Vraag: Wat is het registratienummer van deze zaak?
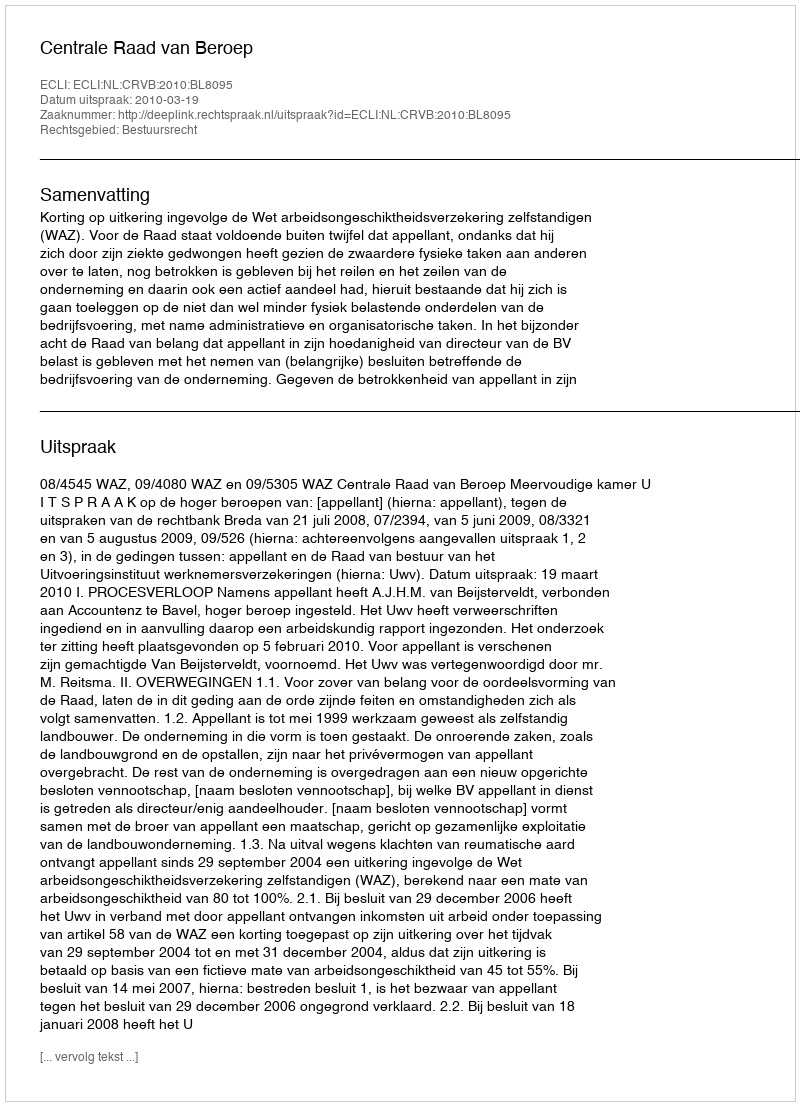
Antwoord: http://deeplink.rechtspraak.nl/uitspraak?id=ECLI:NL:CRVB:2010:BL8095